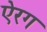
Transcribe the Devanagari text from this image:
ऐरग